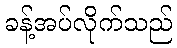
ခန့်အပ်လိုက်သည်